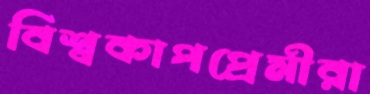
বিশ্বকাপপ্রেমীরা